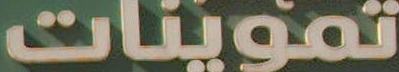
تموينات